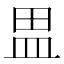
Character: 𰤷